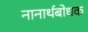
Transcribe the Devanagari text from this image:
नानार्थबोधक